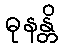
ဓုနန္တိ